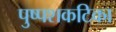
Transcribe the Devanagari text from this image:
पुष्पशकटिका